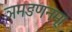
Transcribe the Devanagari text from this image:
ञमङणनम्।